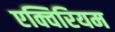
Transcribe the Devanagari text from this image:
एक्विरियम